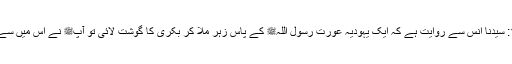
1542: سیدنا انسؓ سے روایت ہے کہ ایک یہودیہ عورت رسول اللہﷺ کے پاس زہر ملا کر بکری کا گوشت لائی تو آپﷺ نے اس میں سے کھایا۔